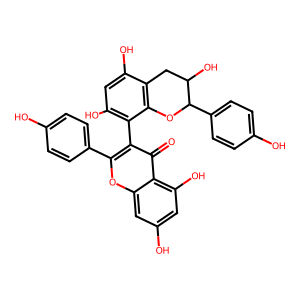
SMILES: O=c1c(-c2c(O)cc(O)c3c2OC(c2ccc(O)cc2)C(O)C3)c(-c2ccc(O)cc2)oc2cc(O)cc(O)c12
Inhibits HIV replication: No